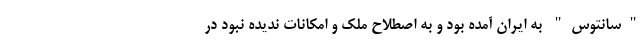
"سانتوس" به ایران آمده بود و به اصطلاح ملک و امکانات ندیده نبود در